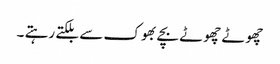
چھوٹے چھوٹے بچے بھوک سے بلکتے رہتے ۔